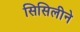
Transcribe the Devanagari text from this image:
सिसिलीने